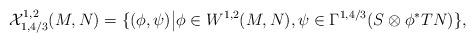
LaTeX: \begin{align*}\mathcal{X}^{1,2}_{1,4/3}(M,N)=\{(\phi,\psi)\big| \phi\in W^{1,2}(M,N), \psi\in\Gamma^{1,4/3}(S\otimes\phi^*TN)\},\end{align*}